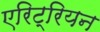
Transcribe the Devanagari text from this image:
एरिट्रियन